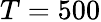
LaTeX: T=500